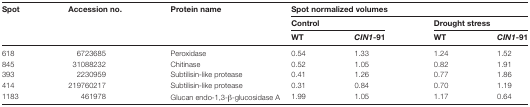
<table><thead><tr><td rowspan="3"><b>Spot</b></td><td rowspan="3"><b>Accession no.</b></td><td rowspan="3"><b>Protein name</b></td><td colspan="4"><b>Spot normalized volumes</b></td></tr><tr><td colspan="2"><b>Control</b></td><td colspan="2"><b>Drought stress</b></td></tr><tr><td><b>WT</b></td><td><b><i>CIN1</i>-91</b></td><td><b>WT</b></td><td><b><i>CIN1</i>-91</b></td></tr></thead><tbody><tr><td>618</td><td>6723685</td><td>Peroxidase</td><td>0.54</td><td>1.33</td><td>1.24</td><td>1.52</td></tr><tr><td>845</td><td>31088232</td><td>Chitinase</td><td>0.52</td><td>1.05</td><td>0.82</td><td>1.91</td></tr><tr><td>393</td><td>2230959</td><td>Subtilisin-like protease</td><td>0.41</td><td>1.26</td><td>0.77</td><td>1.86</td></tr><tr><td>414</td><td>219760217</td><td>Subtilisin-like protease</td><td>0.31</td><td>0.84</td><td>0.70</td><td>1.19</td></tr><tr><td>1183</td><td>461978</td><td>Glucan endo-1,3-β-glucosidase A</td><td>1.99</td><td>1.05</td><td>1.17</td><td>0.64</td></tr></tbody></table>